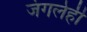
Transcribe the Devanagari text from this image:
जंगलेही